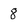
Character: 8